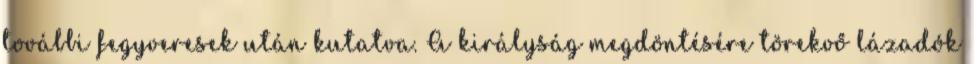
további fegyveresek után kutatva. A királyság megdöntésére törekvő lázadók